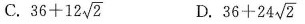
C. 36+12 \sqrt{2} D. 36+24 \sqrt{2}